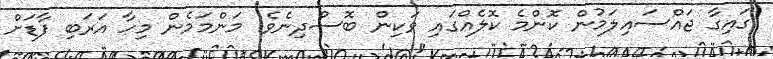
ގައިގާ ޖައްސައިލަމުން ކޮންމެ ކޮލެއްގައި ވަކިން ބޮސްދިނެވެ. މަންމަމެން މިހާ އަރަބި ފާޑަށް